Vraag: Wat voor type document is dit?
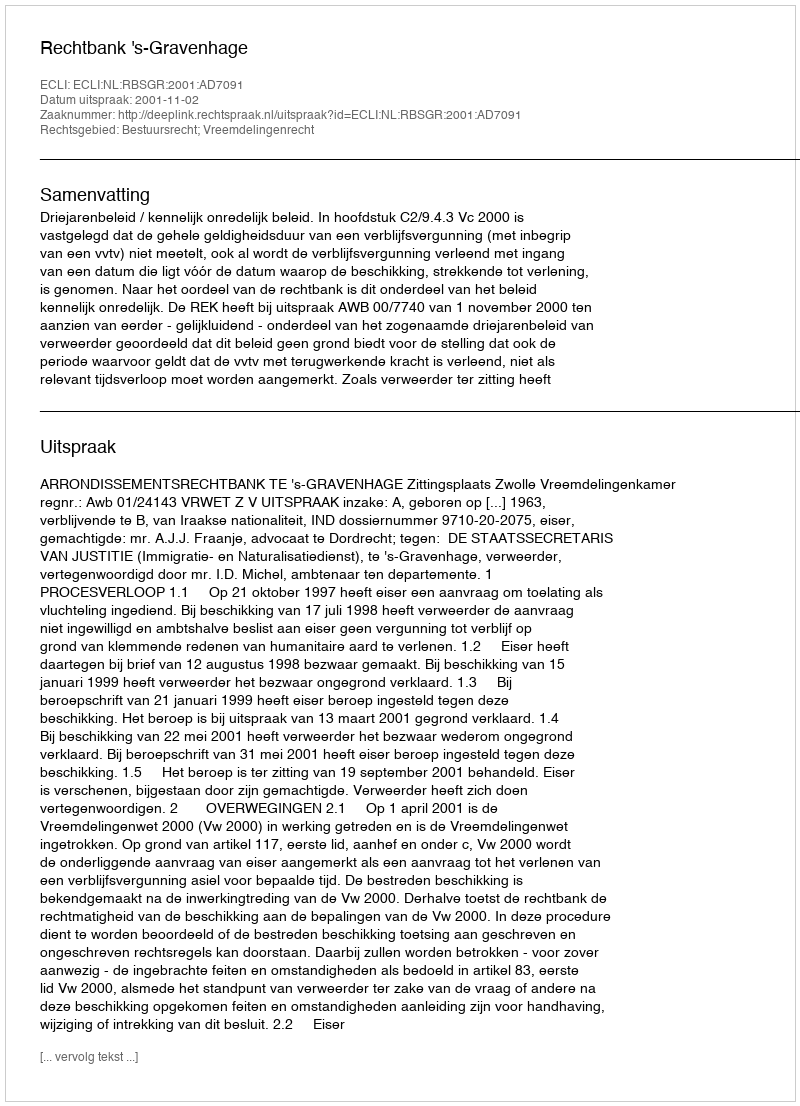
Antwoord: Uitspraak